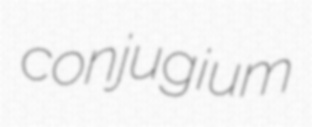
conjugium